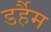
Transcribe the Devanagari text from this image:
डर्हैम